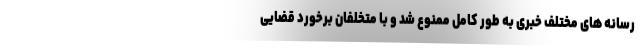
رسانه های مختلف خبری به طور کامل ممنوع شد و با متخلفان برخورد قضایی